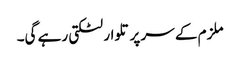
ملزم کے سر پر تلوار لٹکتی رہے گی۔